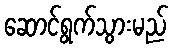
ဆောင်ရွက်သွားမည်